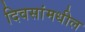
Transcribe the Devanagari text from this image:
दिवसांमधील